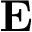
\mathbf { E }